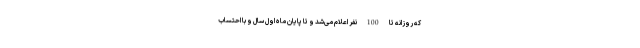
که روزانه تا 100 نفر اعلام می‌شد و تا پایان ماه اول سال و با احتساب